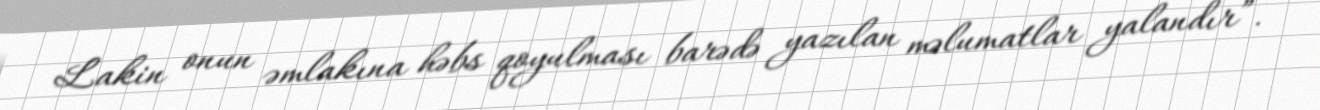
Lakin onun əmlakına həbs qoyulması barədə yazılan məlumatlar yalandır”.